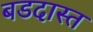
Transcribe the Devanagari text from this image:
बडदास्त